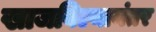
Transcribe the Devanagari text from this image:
खाजविल्यानंतर